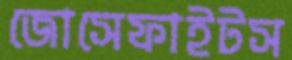
জোসেফাইটস